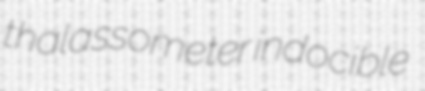
thalassometer indocible